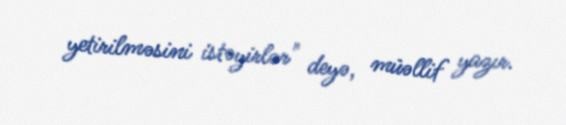
yetirilməsini istəyirlər" deyə, müəllif yazır.